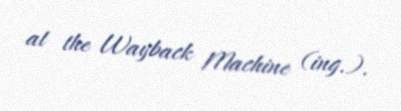
at the Wayback Machine (ing.).